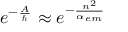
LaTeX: e ^ { - \frac { A } { \hbar } } \approx e ^ { - \frac { n ^ { 2 } } { \alpha _ { e m } } }